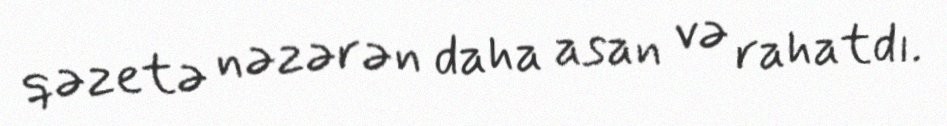
qəzetə nəzərən daha asan və rahatdı.